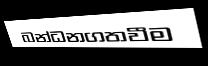
බන්ධනගතවීම